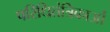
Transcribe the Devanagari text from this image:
परिधितंत्रिकाओं